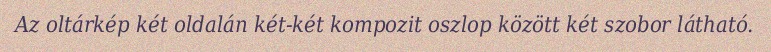
Az oltárkép két oldalán két-két kompozit oszlop között két szobor látható.